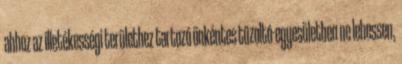
ahhoz az illetékességi területhez tartozó önkéntes tűzoltó-egyesületben ne lehessen,